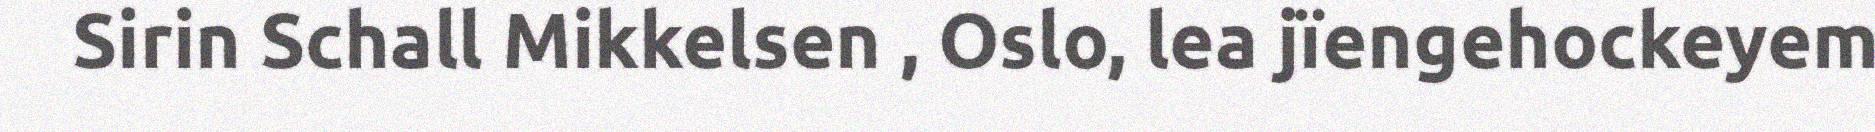
Sirin Schall Mikkelsen , Oslo, lea jïengehockeyem